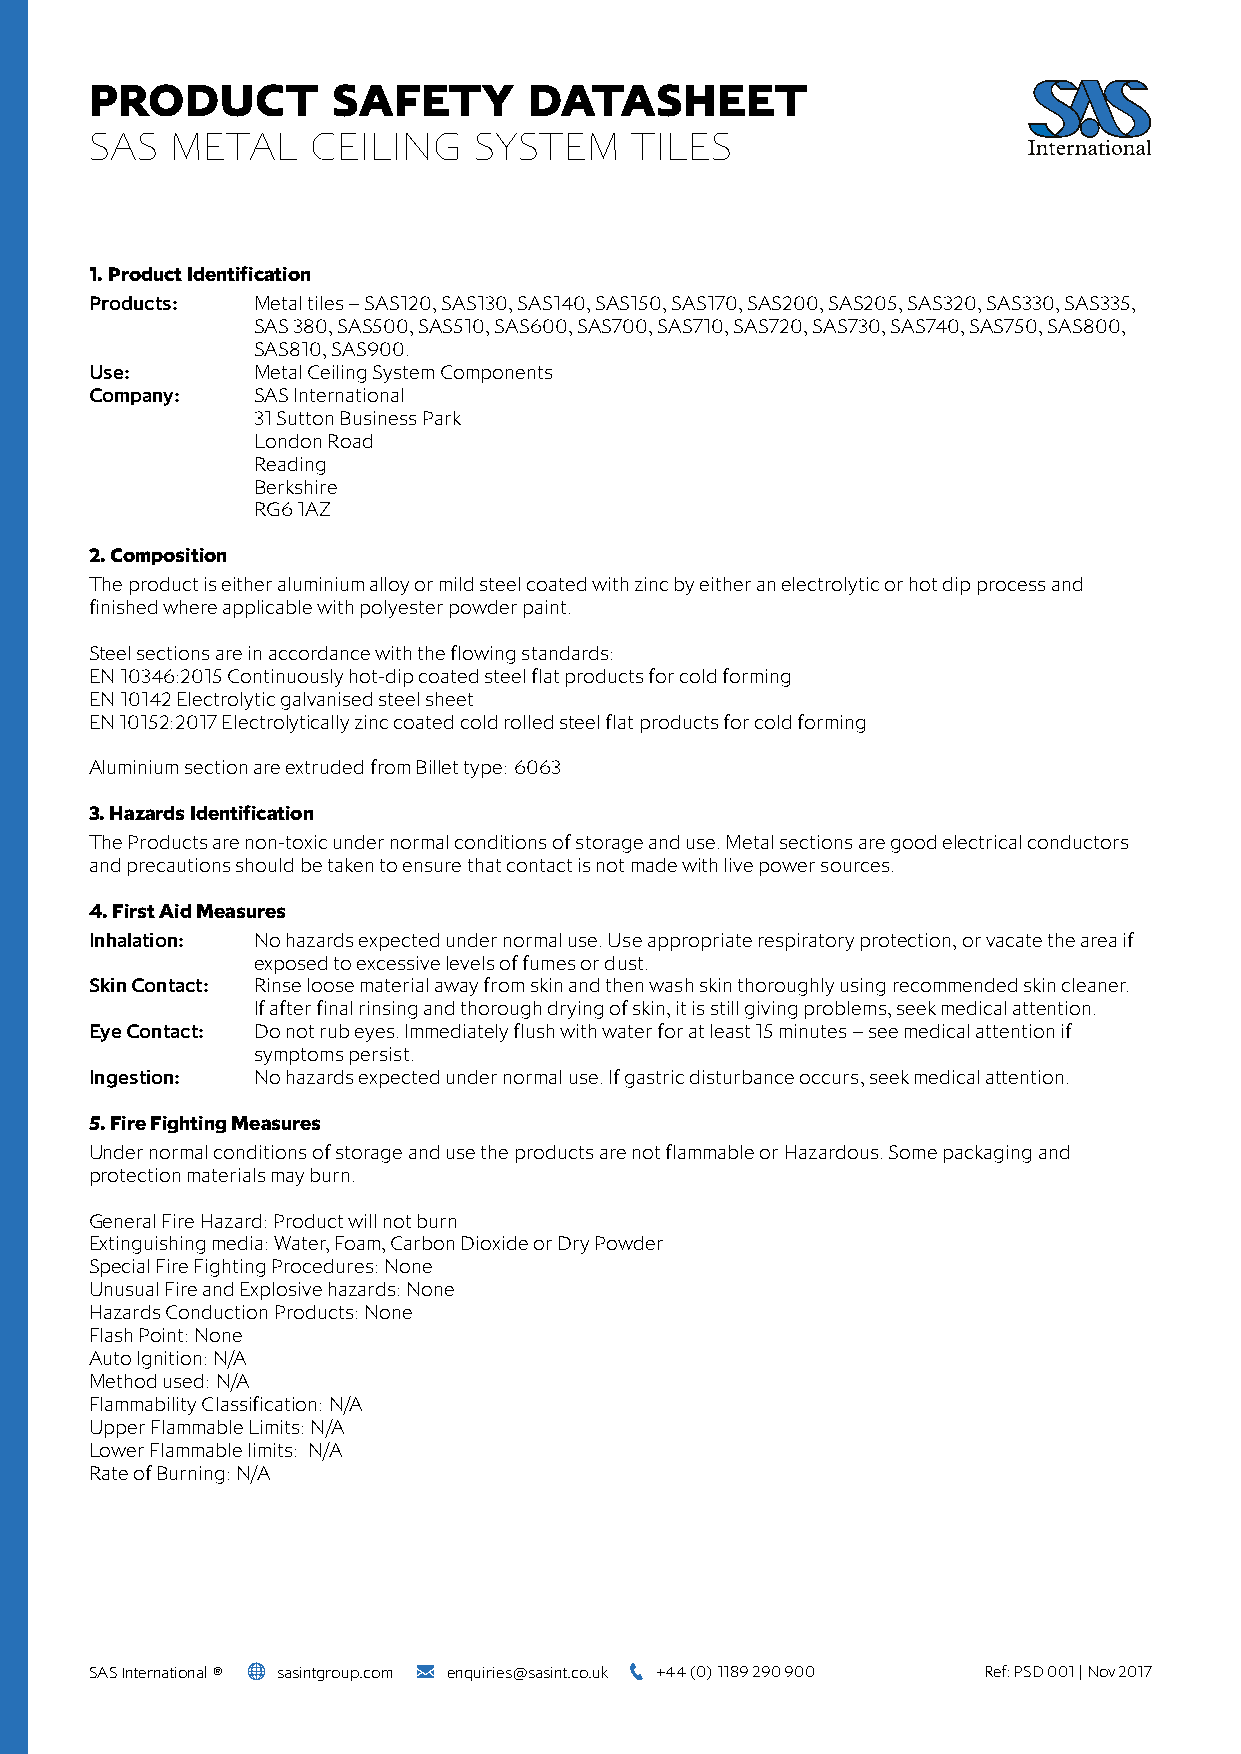
PRODUCT         SAFETY       DATASHEET
 SAS  METAL     CEILING   SYSTEM     TILES
 1. Product Identification
 Products:  Metal tiles – SAS120, SAS130, SAS140, SAS150, SAS170, SAS200, SAS205, SAS320, SAS330, SAS335,
 SAS 380, SAS500, SAS510, SAS600, SAS700, SAS710, SAS720, SAS730, SAS740, SAS750, SAS800,
 SAS810, SAS900.
 Use:       Metal Ceiling System Components
 Company:   SAS International
 31 Sutton Business Park
 London Road
 Reading
 Berkshire
 RG6 1AZ
 2. Composition
 The product is either aluminium alloy or mild steel coated with zinc by either an electrolytic or hot dip process and
 finished where applicable with polyester powder paint.
 Steel sections are in accordance with the flowing standards:
 EN 10346:2015 Continuously hot-dip coated steel flat products for cold forming
 EN 10142 Electrolytic galvanised steel sheet
 EN 10152:2017 Electrolytically zinc coated cold rolled steel flat products for cold forming
 Aluminium section are extruded from Billet type: 6063
 3. Hazards Identification
 The Products are non-toxic under normal conditions of storage and use. Metal sections are good electrical conductors
 and precautions should be taken to ensure that contact is not made with live power sources.
 4. First Aid Measures
 Inhalation: No hazards expected under normal use. Use appropriate respiratory protection, or vacate the area if
 exposed to excessive levels of fumes or dust.
 Skin Contact: Rinse loose material away from skin and then wash skin thoroughly using recommended skin cleaner.
 If after final rinsing and thorough drying of skin, it is still giving problems, seek medical attention.
 Eye Contact: Do not rub eyes. Immediately flush with water for at least 15 minutes – see medical attention if
 symptoms persist.
 Ingestion: No hazards expected under normal use. If gastric disturbance occurs, seek medical attention.
 5. Fire Fighting Measures
 Under normal conditions of storage and use the products are not flammable or Hazardous. Some packaging and
 protection materials may burn.
 General Fire Hazard: Product will not burn
 Extinguishing media: Water, Foam, Carbon Dioxide or Dry Powder
 Special Fire Fighting Procedures: None
 Unusual Fire and Explosive hazards: None
 Hazards Conduction Products: None
 Flash Point: None
 Auto Ignition: N/A
 Method used: N/A
 Flammability Classification: N/A
 Upper Flammable Limits: N/A
 Lower Flammable limits: N/A
 Rate of Burning: N/A
 SAS International ® sasintgroup.com enquiries@sasint.co.uk +44 (0) 1189 290 900 Ref: PSD 001 | Nov 2017